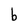
Character: b